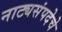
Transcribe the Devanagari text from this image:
नाट्यसंपदेचे